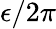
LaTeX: \epsilon/2\pi